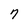
Character: 7